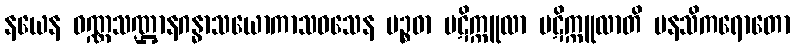
နယေန ဝဏ္ဏသဏ္ဌာနဂန္ဓာသယောကာသဝသေန ပဉ္စဓာ ပဋိက္ကူလာ ပဋိက္ကူလာတိ မနသိကရောတော